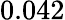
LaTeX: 0.042